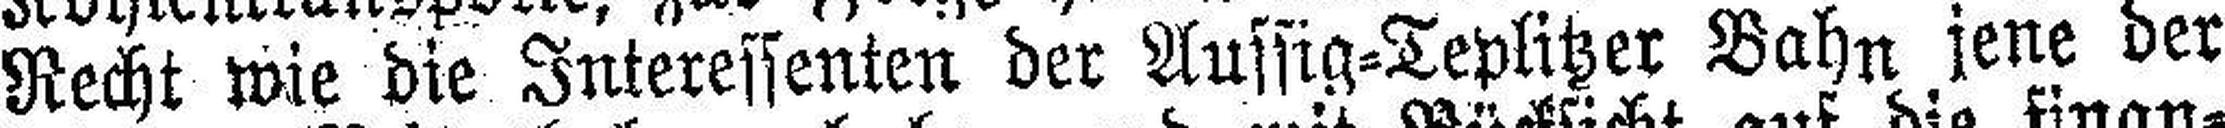
Recht wie die Interessenten der Aussig=Teplitzer Bahn jene der